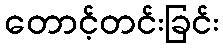
တောင့်တင်းခြင်း